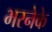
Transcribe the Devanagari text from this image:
भरनेके